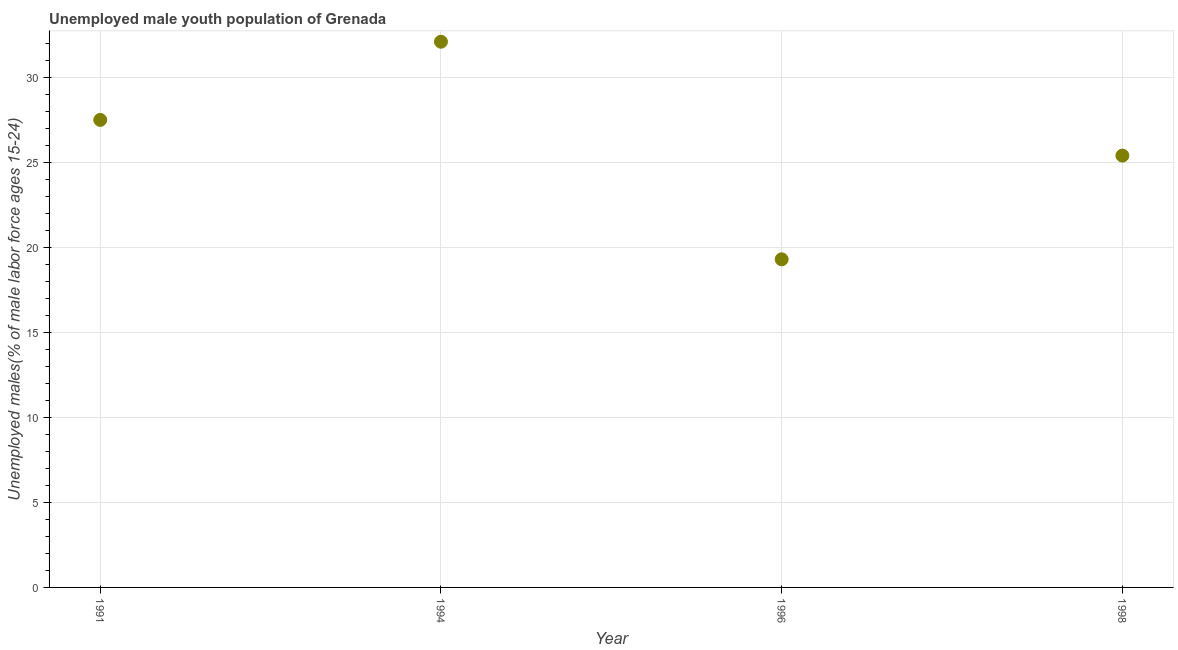
| Year | Unemployment youth male |
 | --- | --- |
 | 1991 | 27.5 |
 | 1994 | 32.1 |
 | 1996 | 19.3 |
 | 1998 | 25.4 |